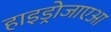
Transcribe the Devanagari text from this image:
हाइड्रोजाएआ